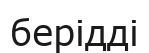
берідді